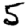
Digit: 5